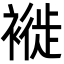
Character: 褷